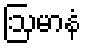
ဩမာနံ